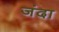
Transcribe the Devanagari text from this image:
जंदा